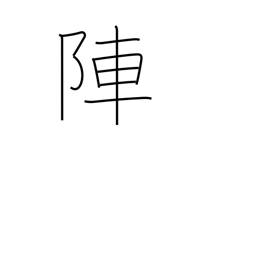
Meaning: battle array